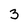
Character: 3